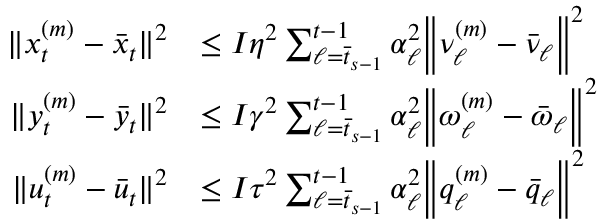
\begin{array} { r l } { \| x _ { t } ^ { ( m ) } - \bar { x } _ { t } \| ^ { 2 } } & { \leq I \eta ^ { 2 } \sum _ { \ell = \bar { t } _ { s - 1 } } ^ { t - 1 } \alpha _ { \ell } ^ { 2 } \bigg \| \nu _ { \ell } ^ { ( m ) } - \bar { \nu } _ { \ell } \bigg \| ^ { 2 } } \\ { \| y _ { t } ^ { ( m ) } - \bar { y } _ { t } \| ^ { 2 } } & { \leq I \gamma ^ { 2 } \sum _ { \ell = \bar { t } _ { s - 1 } } ^ { t - 1 } \alpha _ { \ell } ^ { 2 } \bigg \| \omega _ { \ell } ^ { ( m ) } - \bar { \omega } _ { \ell } \bigg \| ^ { 2 } } \\ { \| u _ { t } ^ { ( m ) } - \bar { u } _ { t } \| ^ { 2 } } & { \leq I \tau ^ { 2 } \sum _ { \ell = \bar { t } _ { s - 1 } } ^ { t - 1 } \alpha _ { \ell } ^ { 2 } \bigg \| q _ { \ell } ^ { ( m ) } - \bar { q } _ { \ell } \bigg \| ^ { 2 } } \end{array}